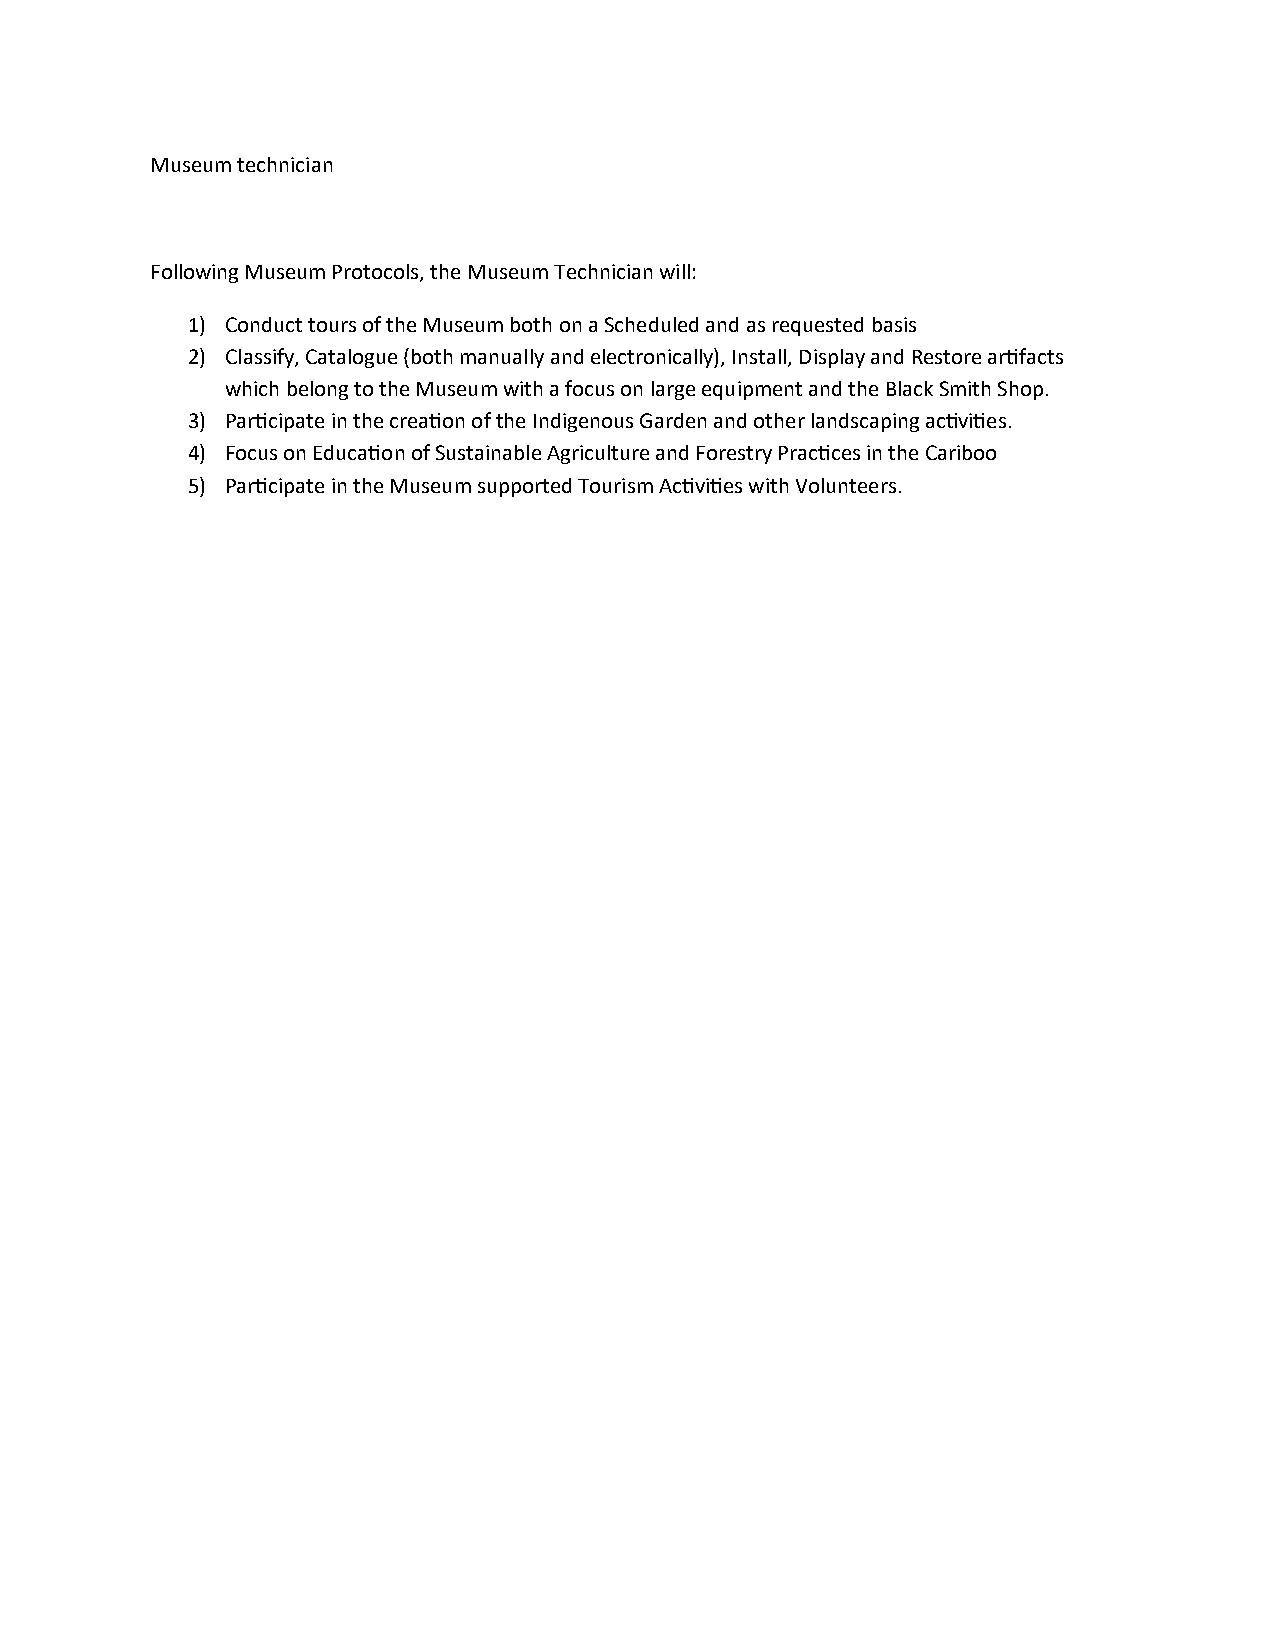
Museum technician
 Following Museum Protocols, the Museum Technician will:
 1) Conduct tours of the Museum both on a Scheduled and as requested basis
 2) Classify, Catalogue (both manually and electronically), Install, Display and Restore artifacts
 which belong to the Museum with a focus on large equipment and the Black Smith Shop.
 3) Participate in the creation of the Indigenous Garden and other landscaping activities.
 4) Focus on Education of Sustainable Agriculture and Forestry Practices in the Cariboo
 5) Participate in the Museum supported Tourism Activities with Volunteers.